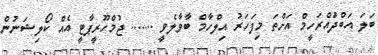
ބަލަ އަބްދުައްރަހީމް އަށްތަ މިފަހަރު އިލްހާމް ބާވާލެވީ ....... ޖުމްހޫރީޕާޓީ އެއް ކޯލިޝަނުން